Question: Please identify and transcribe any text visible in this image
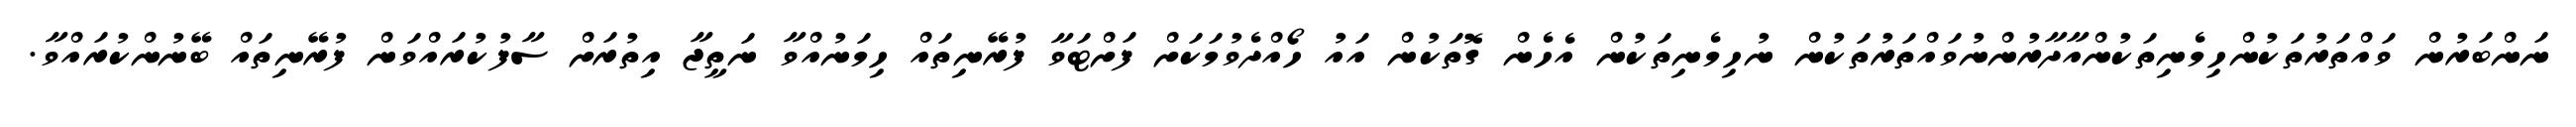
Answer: ނަންބަރުން ވައްތަރުތަކުންހިމެނިތަކުންއާދާރުންނުވައްތަރުތަކުން ނުހިމެނިތަކުން އެހެން ގޮތަކުން އައު ހޯއްދެވުމަކަށް ފަށްޓަވާ ފުރޭނިތައް ހިމަނުއްވާ ނަތީޖާ އިތުރަށް ސާފުކުރައްވަން ފުރޭނިތައް ބޭނުންކުރައްވާ.